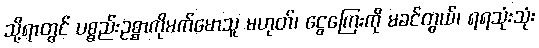
သို့ရာတွင် ပစ္စည်းဥစ္စာကိုမက်မောသူ မဟုတ်၊ ငွေကြေးကို မခင်တွယ်၊ ရရသုံးသုံး